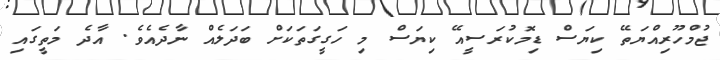
ޖުމްހޫރިއްޔަތޭ ކިޔަސް ޑިމޮކުރަސީއޭ ކިޔަސް މި ހަގީގަތަކަށް ބަދަލެއް ނާދެއެވެ. އާދެ މަތީގައި